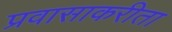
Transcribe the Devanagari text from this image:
प्रवासाकरीता